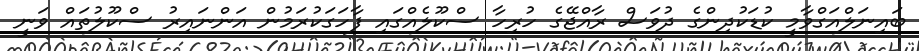
ބައިނަލްއަގްވާމީ ކުޑަކުދިންގެ ދުވަސް ރާއްޖޭގެ ހުރިހާ ސްކޫލެއްގައި ފާހަގަކުރަމުން އަންނައިރު ސްކޫލުތައް ވަނީ